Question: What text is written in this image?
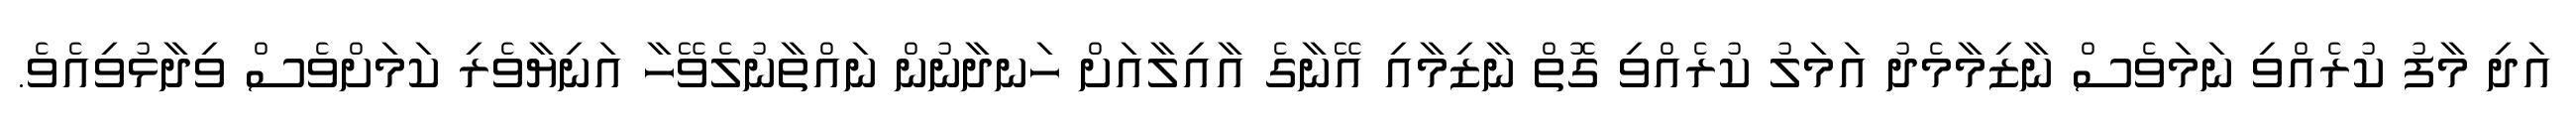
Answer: އަދި މާފު ކުރެއްވި ނަމަވެސް ނާޒިމާމެދު އަމަލު ކުރެއްވި ގޮތް ނާޒިމާއި އޭނާގެ އާއިލާއަށް ހަނދާނުން ނައްތާނުލެވޭހާ އަނިޔާވެރި ކަމަށްވެސް ވިދާޅުވިއެވެ.